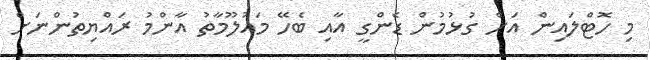
މި ހޮޓްލައިން އަށް ގުޅުމުން ޑެންގީ އާއި ބެހޭ މައުލޫމާތު އާންމު ރައްޔިތުންނަށް